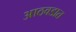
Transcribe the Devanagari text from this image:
आठवडात